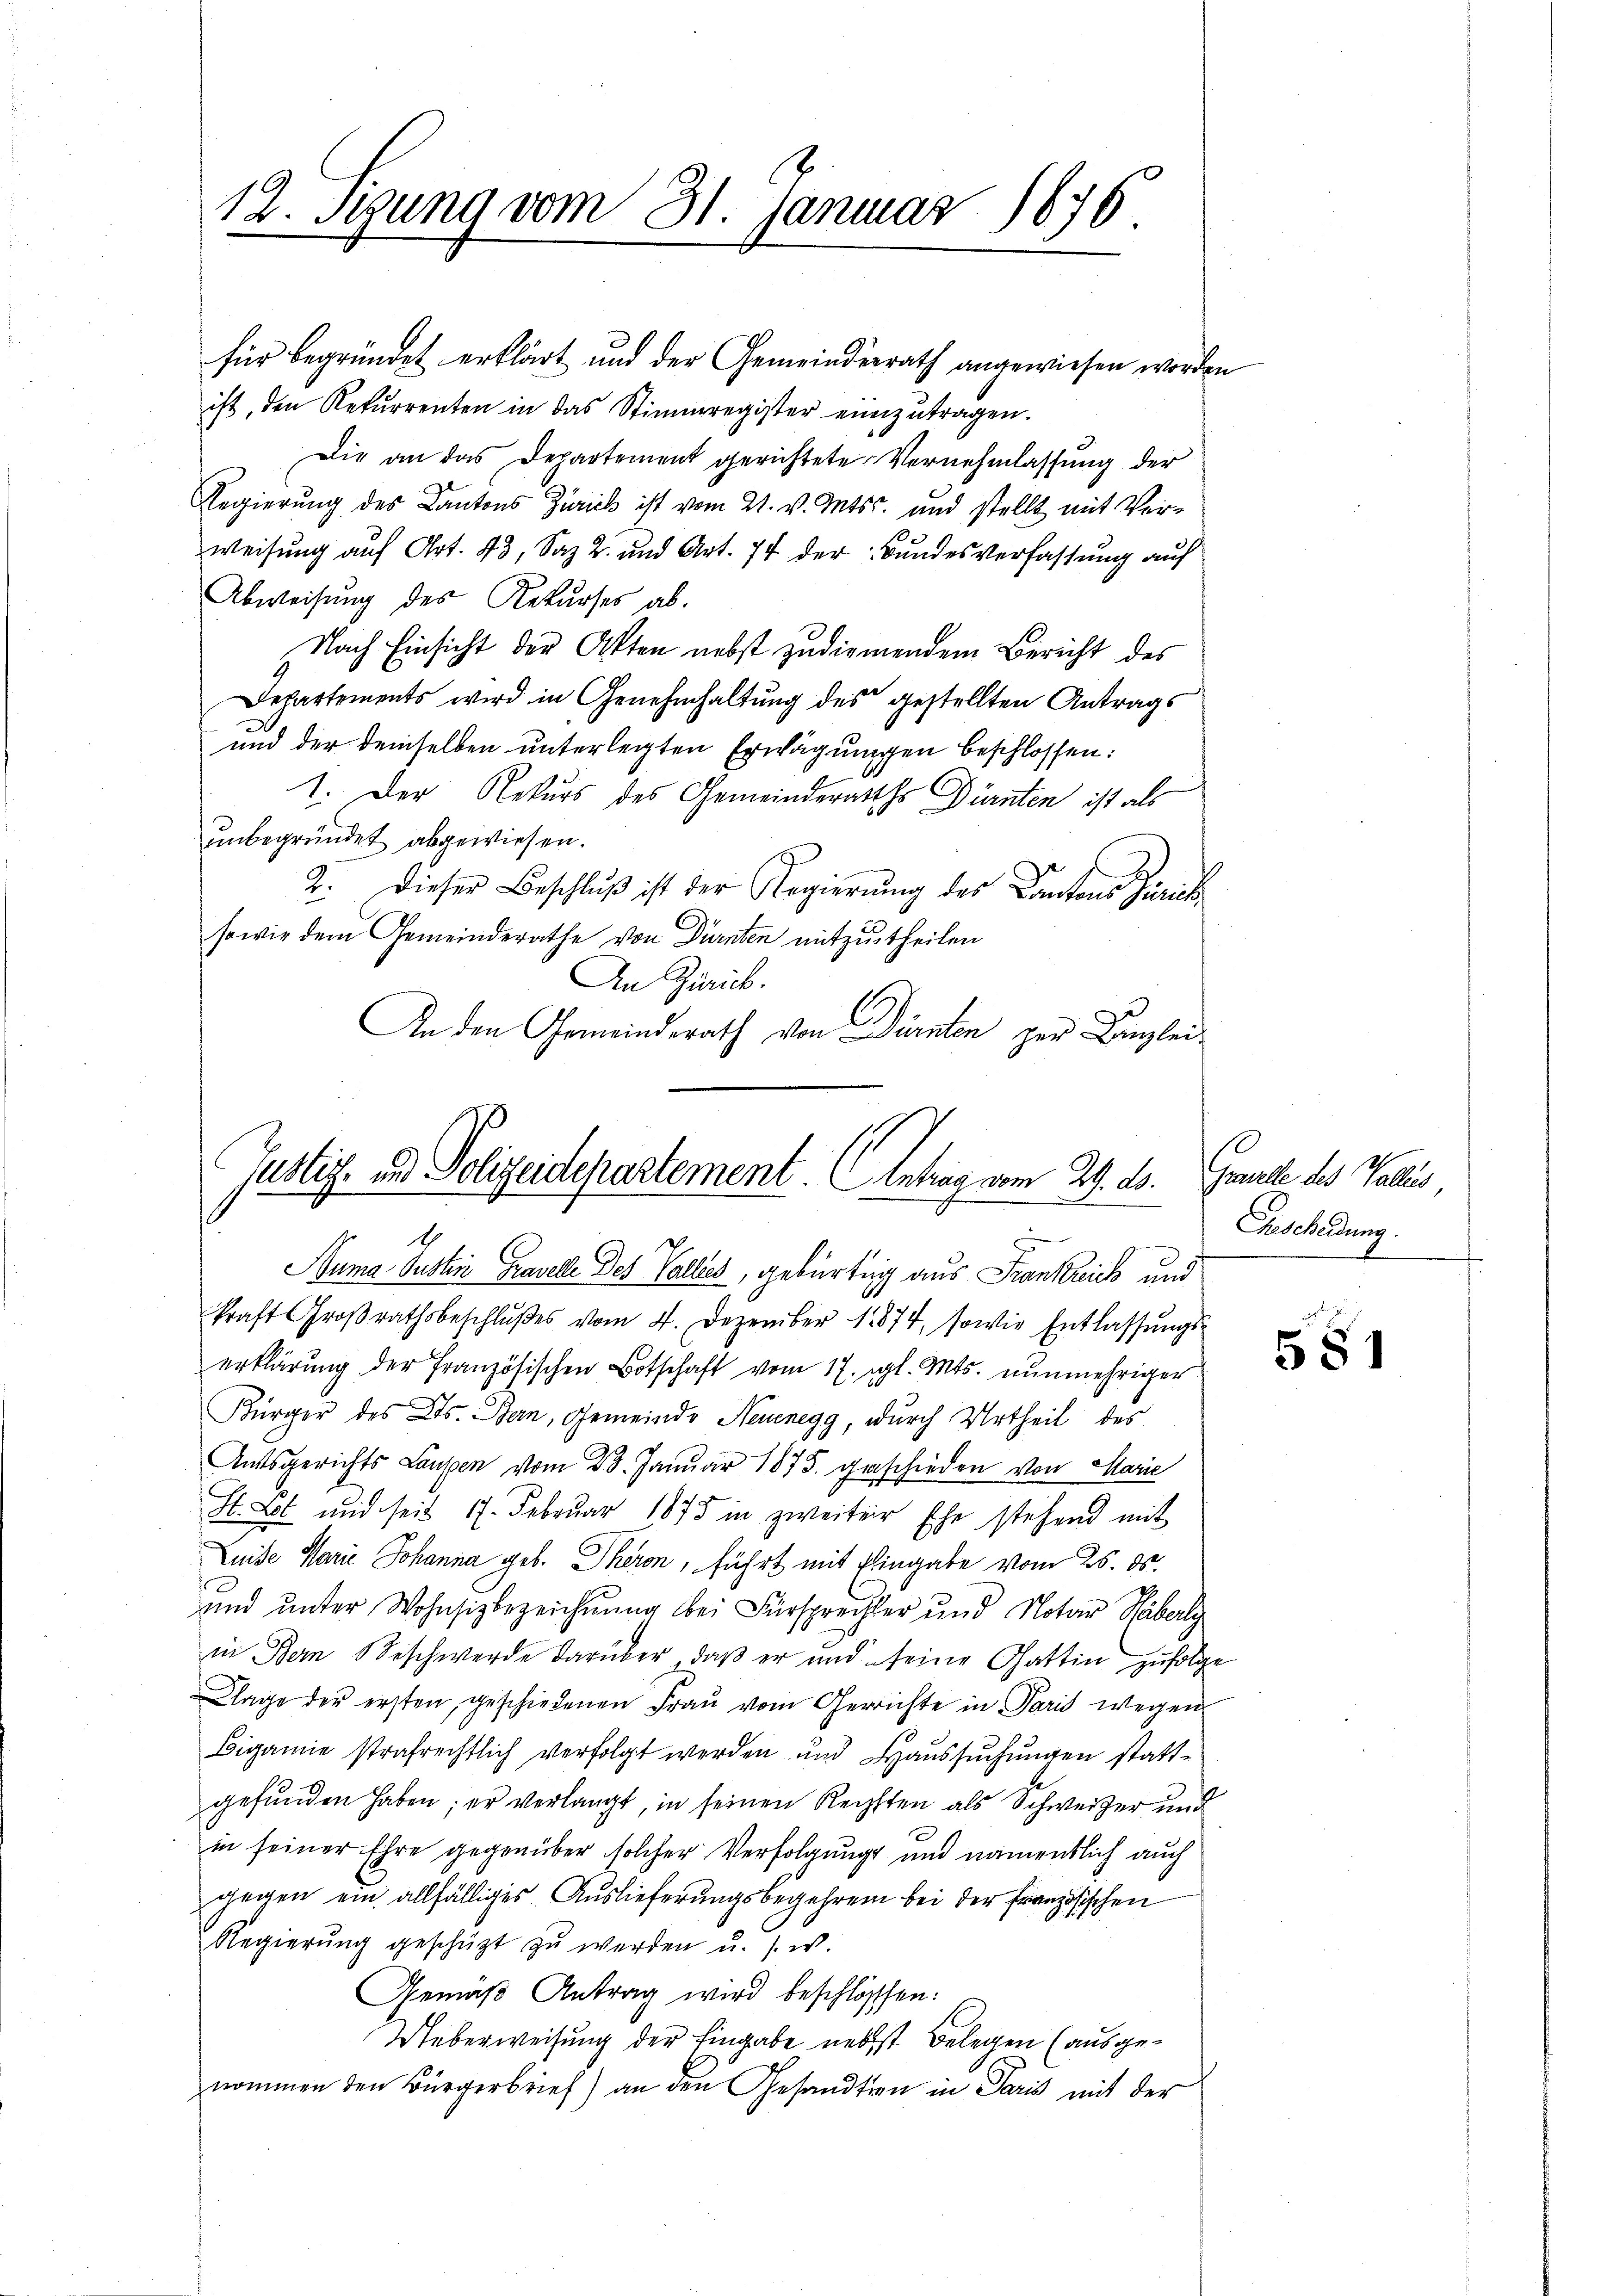
12. Segung vom 31. Januar 1876.

für begründet erklärt und der Gemeinderrath angewiesen worden
ist, den Rekurrenten in das Stimmregister einzŭtragen.
Die an das Departement gerichtete Vernehmlassung der
Regierung des Kantons Zürich ist vom 21. v. Mts. und stellt mit Verweisung auf Art. 43, Satz. 2. und Art. 74 der Bundesverfassung auf
Abweisung des Rekurses ab.
Nach Einsicht der Akten nebst zudienendem Bericht des
Departements wird in Genehmhaltung des gestellten Antrags
und der demselben unterlegten Erwägungen beschlossen:
1. Der Rekurs des Gemeinderaths Dürnten ist als
unbegründet abgewiesen.
2. Dieser Beschluß ist der Regierung des Cantons Zürich
sowie dem Gemeinderathe von Dürnten mitzutheilen
An Zürich.
An den Gemeindsrath von Dürnten zur Kanzlei¬

Justiz- und Polizeidepartement. Antrag vom 29. ds.
.
Suma Susten Gravelle Des Valles, gebürtig aus Frankreich und

kraft Groβrathsbeschlŭβes vom 4. Dezember 1874, sowie Entlassungserklärŭng der französischen Botschaft vom 17. gl. Mts. nŭnmehriger
Bürger des Cts. Bern, Gemeinde Neuenegg, durch Urtheil des
Amtsgerichts Laufen vom 23. Januar 1875 geschieden von Marie
St. Post und seit 17. Februar 1875 in zweiter Ehe stehend mit
Luise Marie Johanna geb. Theren, führt mit Eingabe vom 25. ds.
und unter Wohnsizbezeichnung bei Fürsprechter und Notar Häberli
in Bern Beschwerde darüber, daß er und seine Gattin zufolge
Klage der ersten geschiedenen Fraŭ vom Gerichte in Paris wegen
Bigamie strafrechtlich verfolgt werden und Haussuchungen stattgefunden haben; er verlangt, in seinen Rechsten als Schweizer und
in seiner Ehre gegenüber solcher Verfolgung und namentlich auch
gegen ein allfälliges Auslieferungsbegehren bei der französischen
Regierŭng geschützt zŭ werden u. s. w.
Gemäß Antrag wird beschlossen:
Ueberweisung der Eingabe nebst Belegen (ausgenommen den Bürgerbrief) an den Gesandten in Paris mit der

Gravelle des Walles
Gescheidung.

581